Leaving Certificate Examination, 1910
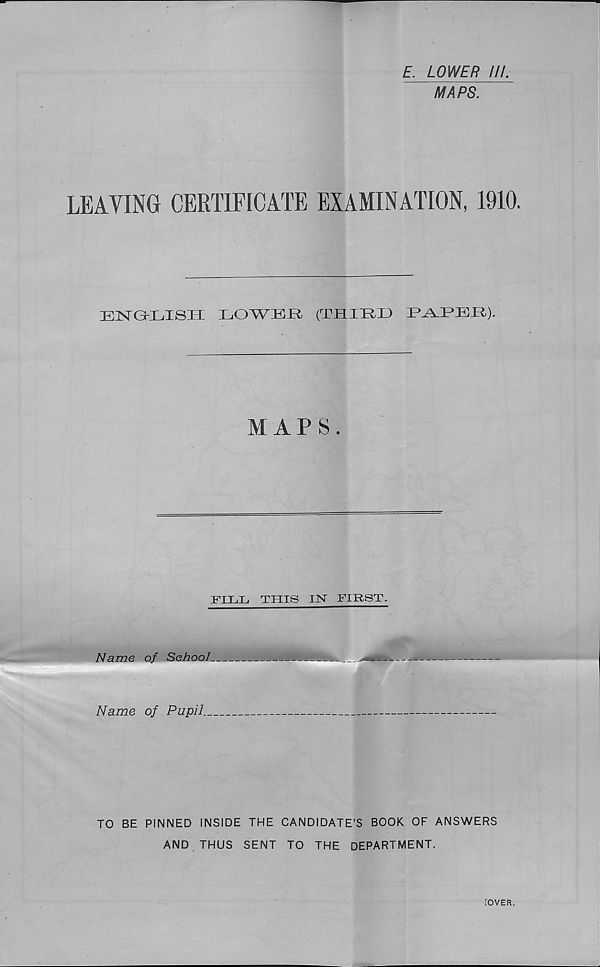
£. LOWER Hi
MAPS.
LEAVING CERTIFICATE EXAMINATION, 1910.
EnsrGrijisH lowbjr clmiird
MAPS.
FILHi THIS IN FIRST.
Name of School
—
Name of Pupil.
TO BE PINNED INSIDE THE CANDIDATE’S BOOK OF ANSWERS
AND THUS SENT TO THE DEPARTMENT.
[OVER.